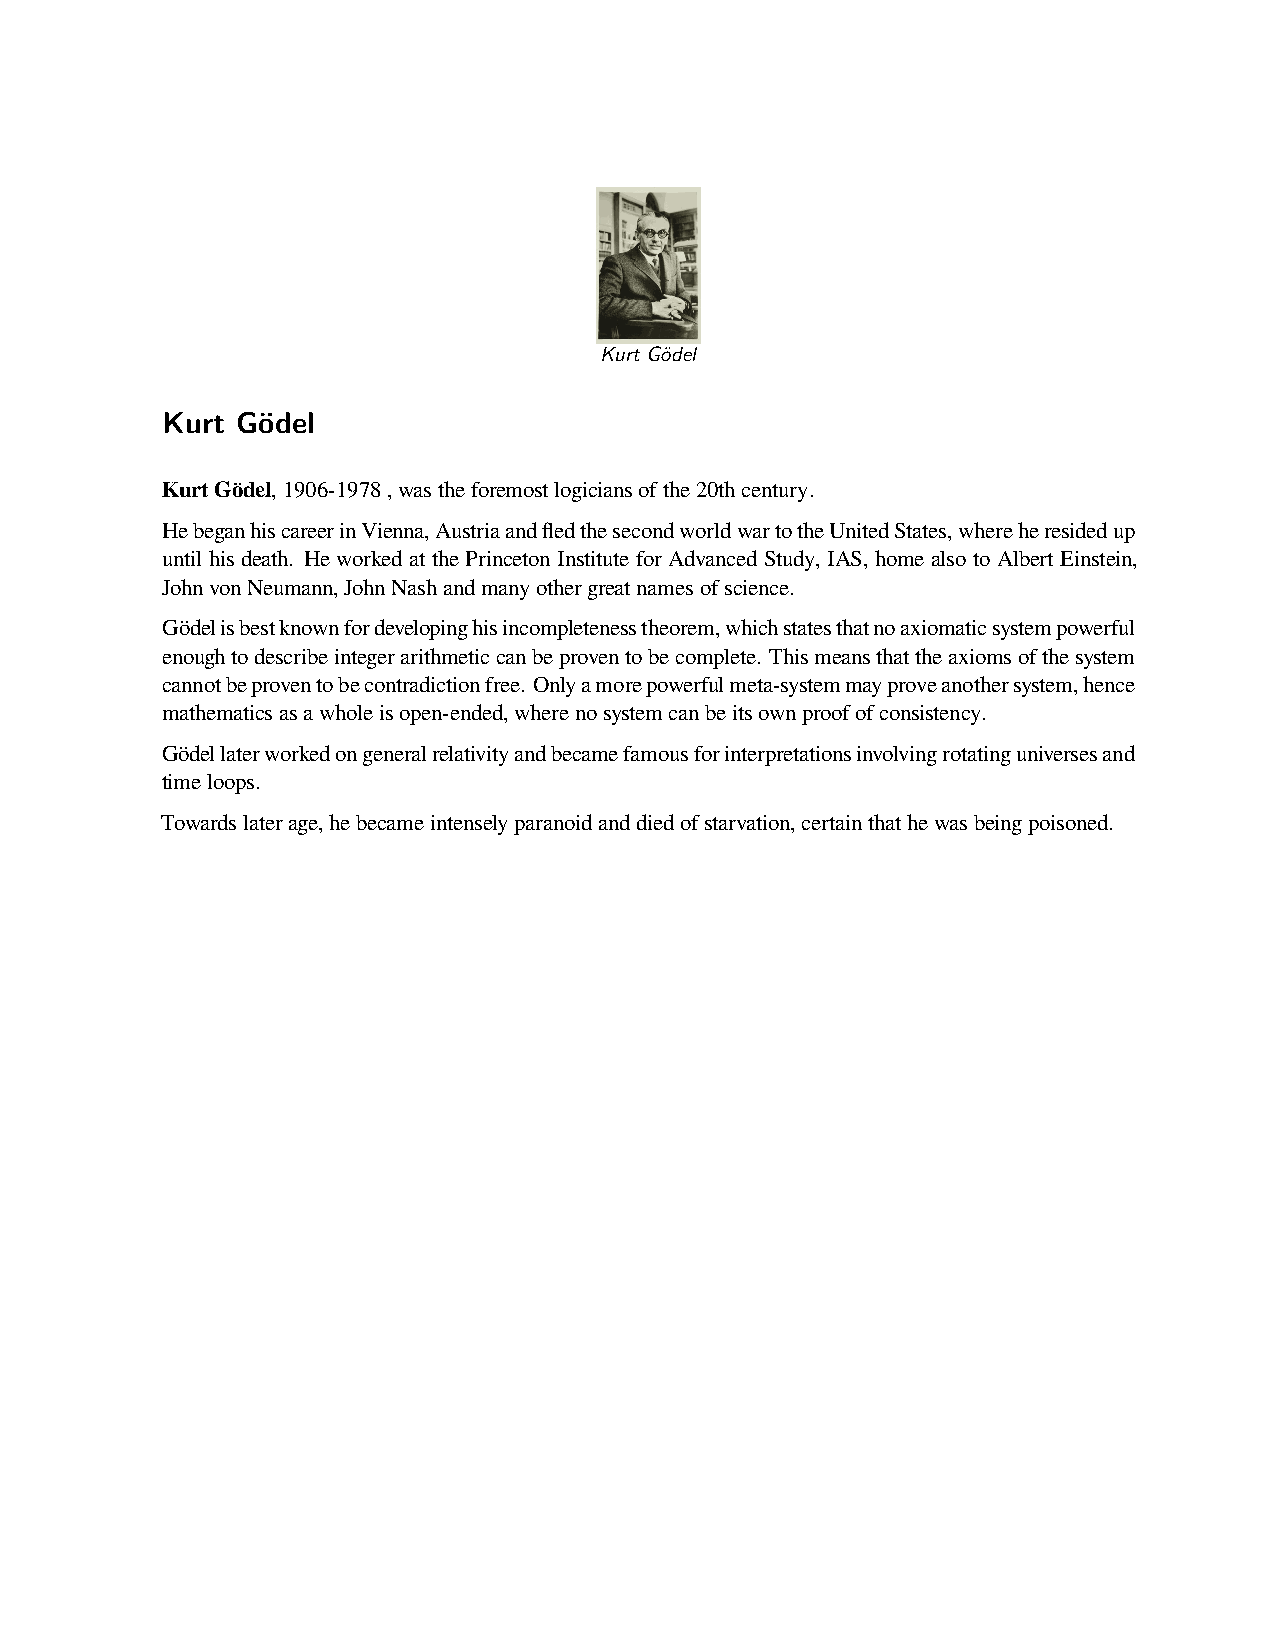
Kurt Gödel
 Kurt Gödel
 KurtGödel,1906-1978,wastheforemostlogiciansofthe20thcentury.
 HebeganhiscareerinVienna,AustriaandfledthesecondworldwartotheUnitedStates,whereheresidedup
 until his death. He worked at the Princeton Institute for Advanced Study, IAS, home also to Albert Einstein,
 JohnvonNeumann,JohnNashandmanyothergreatnamesofscience.
 Gödelisbestknownfordevelopinghisincompletenesstheorem,whichstatesthatnoaxiomaticsystempowerful
 enoughtodescribeintegerarithmeticcanbeproventobecomplete. Thismeansthattheaxiomsofthesystem
 cannotbeproventobecontradictionfree. Onlyamorepowerfulmeta-systemmayproveanothersystem,hence
 mathematicsasawholeisopen-ended,wherenosystemcanbeitsownproofofconsistency.
 Gödellaterworkedongeneralrelativityandbecamefamousforinterpretationsinvolvingrotatinguniversesand
 timeloops.
 Towardslaterage,hebecameintenselyparanoidanddiedofstarvation,certainthathewasbeingpoisoned.